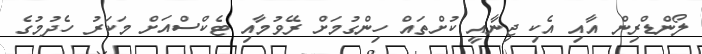
ލޯންޑްރިން އާއި އެކި ޖިނާއީ ކުށްތައް ހިންގުމަށް ރޭވުމާއި ޓެކްސްއަށް މަކަރު ހެދުމުގެ